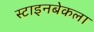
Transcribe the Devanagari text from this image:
स्टाइनबेकला